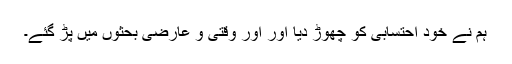
ہم نے خود احتسابی کو چھوڑ دیا اور اور وقتی و عارضی بحثوں میں پڑ گئے۔